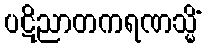
ပဋိညာတကရဏသ္မိံ